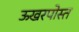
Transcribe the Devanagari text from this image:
ऊखरपोस्त